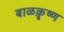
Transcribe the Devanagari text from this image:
बाळक़ॄष्‍ण